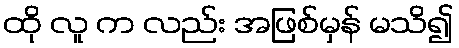
ထို လူ က လည်း အဖြစ်မှန် မသိ၍